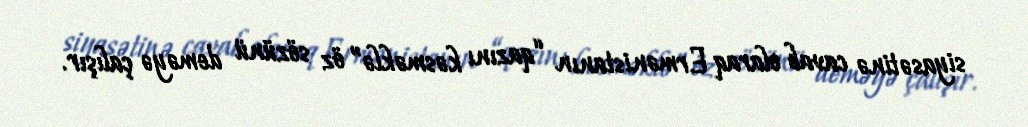
siyasətinə cavab olaraq Ermənistanın “qazını kəsməklə” öz sözünü deməyə çalışır.